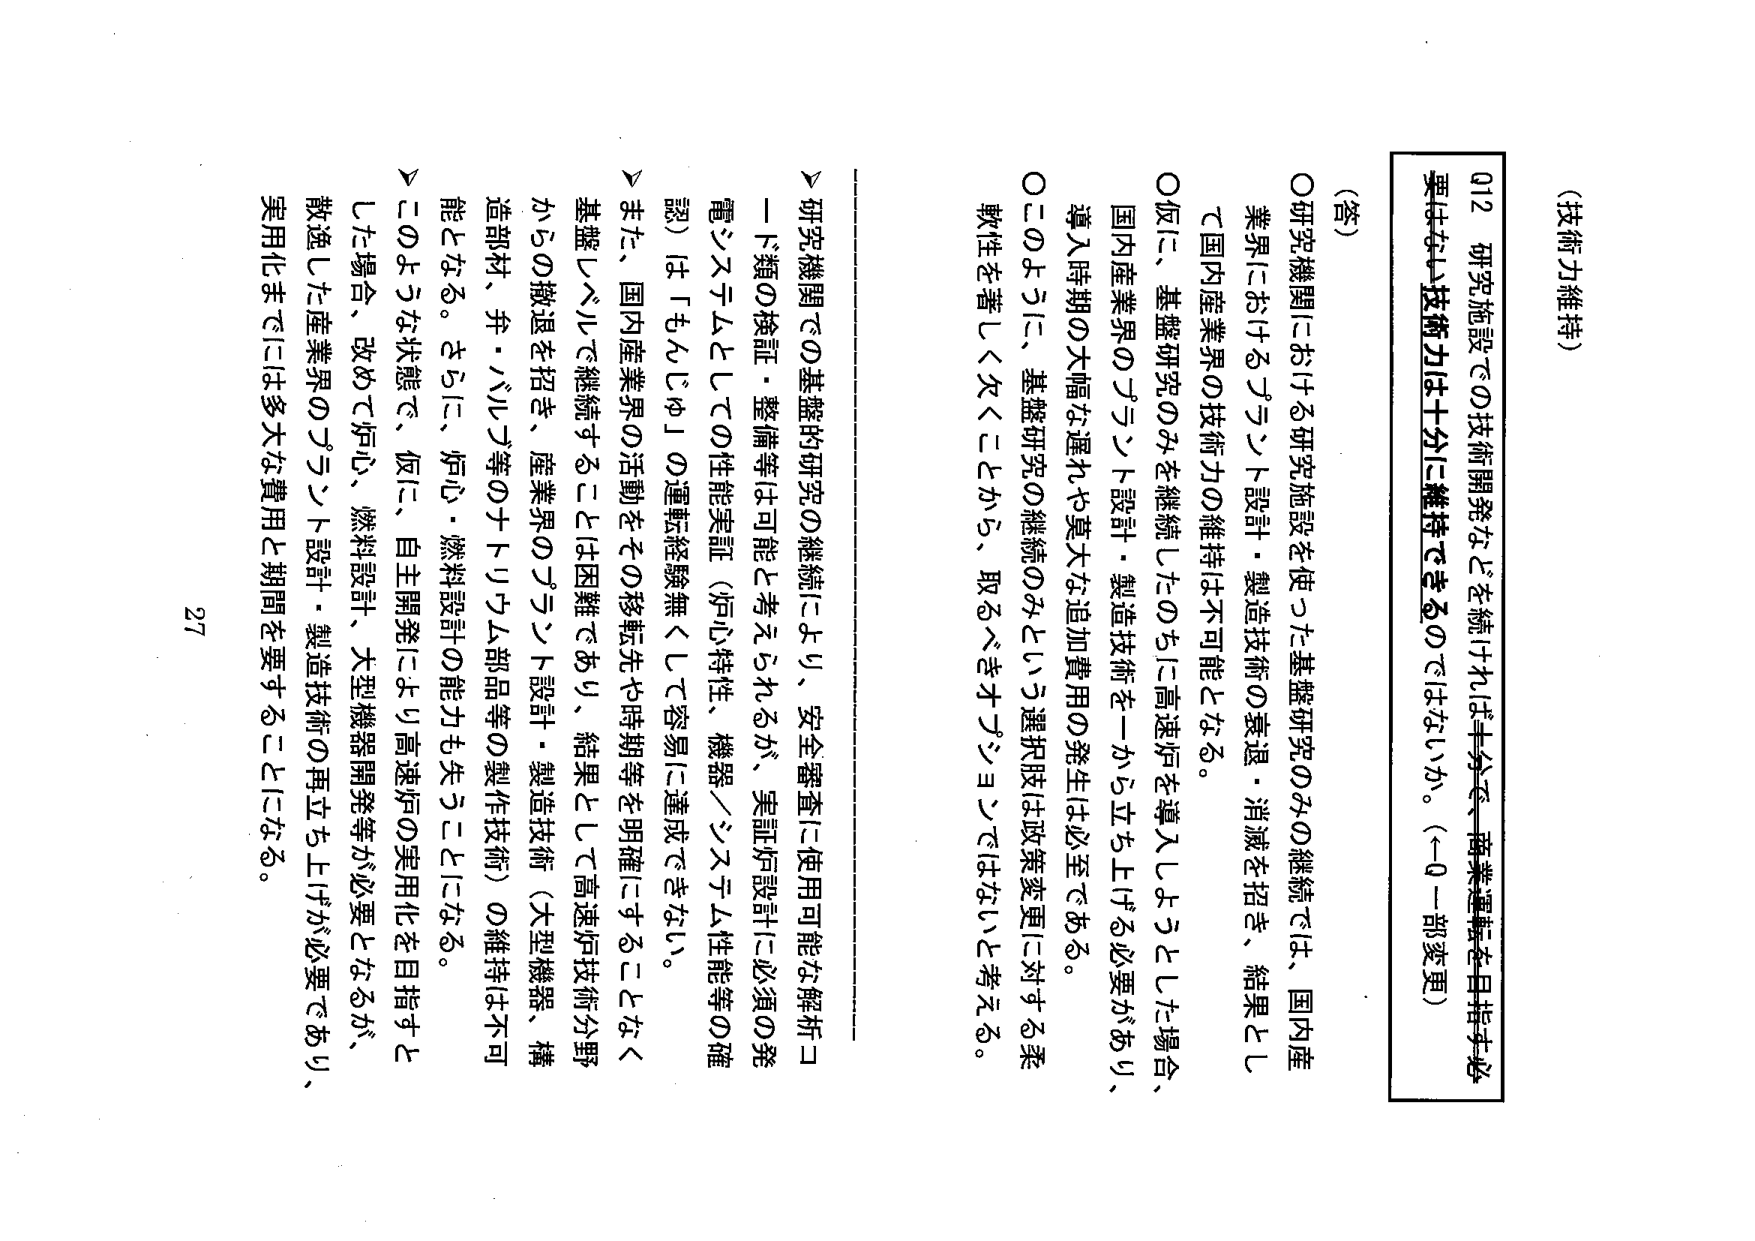
(技術力維持)

Q12 研究施設での技術開発などを続ければ十分で、商業運転を自指す必要はない技術力は十分に維持できるのではないか。（←Q一部変更）

(答)
○研究機関における研究施設を使った基盤研究のみの継続では、国内産業界におけるプラント設計・製造技術の衰退・消滅を招き、結果として国内産業界の技術力の維持は不可能となる。
○仮に、基盤研究のみを継続したのちに高速炉を導入しようとした場合、国内産業界のプラント設計・製造技術を一から立ち上げる必要があり、導入時期の大幅な遅れや莫大な追加費用の発生は必至である。
○このように、基盤研究の継続のみという選択肢は政策変更に対する柔軟性を著しく欠くことから、取るべきオプションではないと考える。

▽研究機関での基盤的研究の継続により、安全審査に使用可能な解析コード類の検証・整備等は可能と考えられるが、実証炉設計に必須の発電システムとしての性能実証（炉心特性、機器／システム性能等の確認）は「もんじゅ」の運転経験無くして容易に達成できない。
▽また、国内産業界の活動をその移転先や時期等を明確にすることなく基盤レベルで継続することは困難であり、結果として高速炉技術分野からの撤退を招き、産業界のプラント設計・製造技術（大型機器、構造部材、弁・バルブ等のナトウム部品等の製作技術）の維持は不可能となる。さらに、炉心・燃料設計の能力も失うことになる。
▽このような状態で、仮に、自主開発により高速炉の実用化を目指すとした場合、改めて炉心、燃料設計、大型機器開発等が必要となるが、散逸した産業界のプラント設計・製造技術の再立ち上げが必要であり、実用化までには多大な費用と期間を要することになる。

27